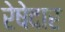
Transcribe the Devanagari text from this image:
रेषेदार